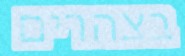
בצהרים